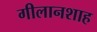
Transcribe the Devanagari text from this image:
गीलानशाह